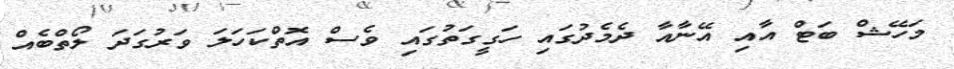
މަހޭޝް ބަޓް އާއި އޭނާއާ ދެމެދުގައި ހަގީގަތުގައި ވެސް އޮތްކަހަލަ ވަރުގަދަ ލޯތްބެއް